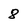
Character: 8